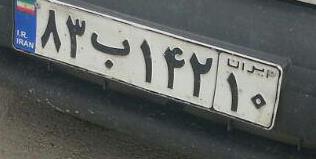
۸۳ب۱۴۲۱۰